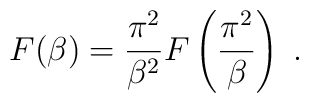
F(\beta)=\frac{\pi^{2}}{\beta^{2}}F\left(\frac{\pi^{2}}{\beta}\right)\;.